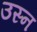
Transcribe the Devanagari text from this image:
उस्न